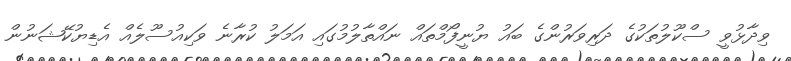
ވިދާޅުވީ ސްކޫލުތަކުގެ ދަރިވަރުންގެ ބައު ޔުނީފޯމްތައް ނައްތާލުމުގައި އަމަލު ކުރާނެ ވަކިއުސޫލެއް އެޑިޔުކޭޝަނުން